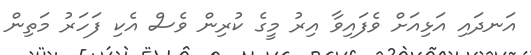
އަނދައި އަޅިއަށް ވެފައިވާ އިރު މީގެ ކުރިން ވެސް އެކި ފަހަރު މަތިން